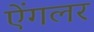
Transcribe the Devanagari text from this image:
ऐंगलर